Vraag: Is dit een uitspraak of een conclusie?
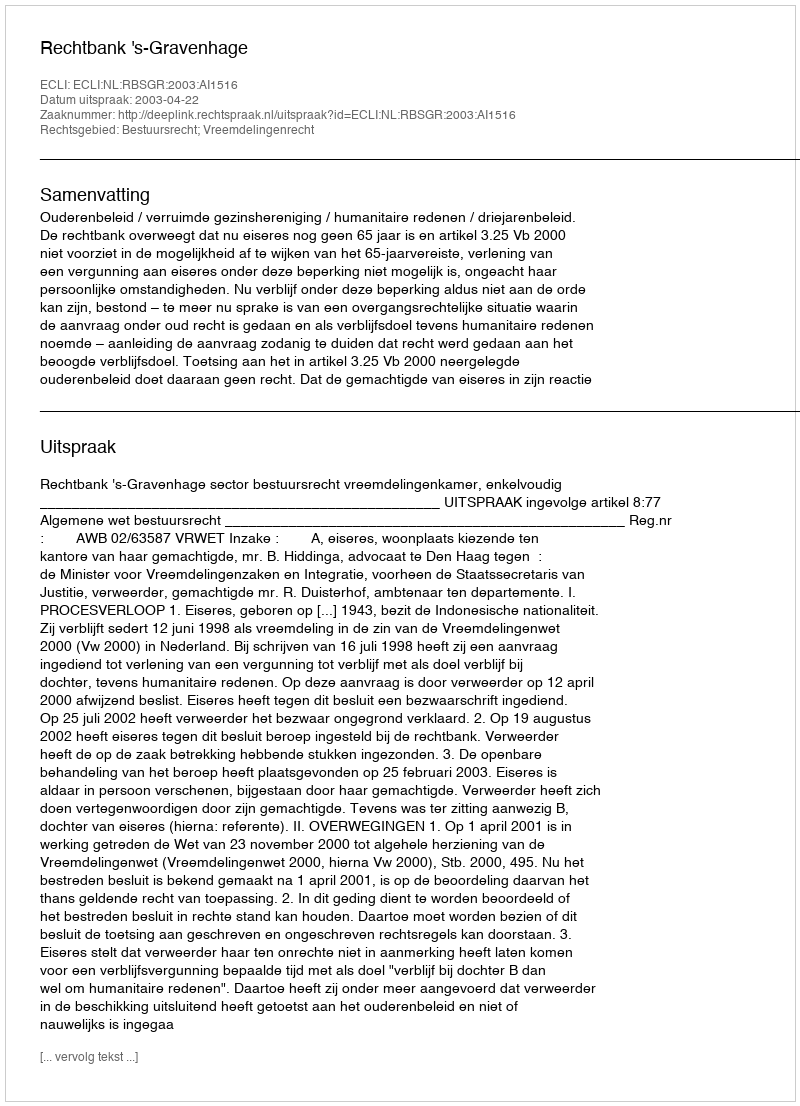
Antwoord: Uitspraak